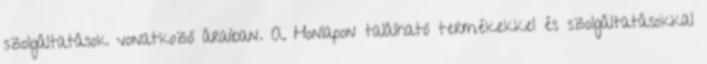
szolgáltatások vonatkozó áraiban. A Honlapon található termékekkel és szolgáltatásokkal